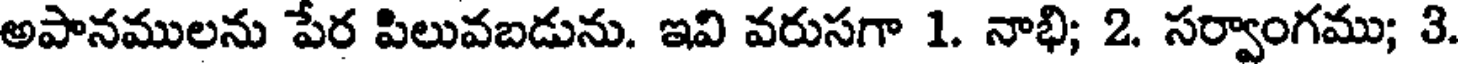
అపానములను పేర పిలువబడును. ఇవి వరుసగా 1. నాభి; 2. సర్వాంగము; 3.